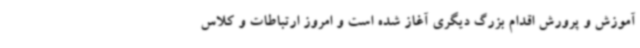
آموزش و پرورش اقدام بزرگ دیگری آغاز شده است و امروز ارتباطات و کلاس